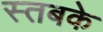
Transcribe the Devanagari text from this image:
स्तबके